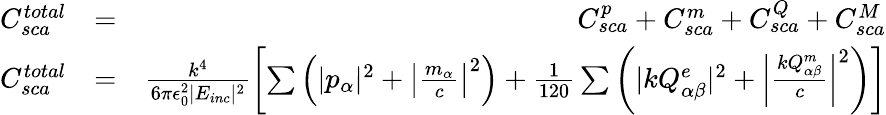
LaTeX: \begin{array}{rlr}{C_{sca}^{total}}&{=}&{C_{sca}^{p}+C_{sca}^{m}+C_{sca}^{Q}+C_{sca}^{M}}\\ {C_{sca}^{total}}&{=}&{\frac{k^{4}}{6\pi\epsilon_{0}^{2}|E_{inc}|^{2}}\left[\sum\left(|p_{\alpha}|^{2}+\left|\frac{m_{\alpha}}{c}\right|^{2}\right)+\frac{1}{120}\sum\left(|kQ_{\alpha\beta}^{e}|^{2}+\left|\frac{kQ_{\alpha\beta}^{m}}{c}\right|^{2}\right)\right]}\end{array}